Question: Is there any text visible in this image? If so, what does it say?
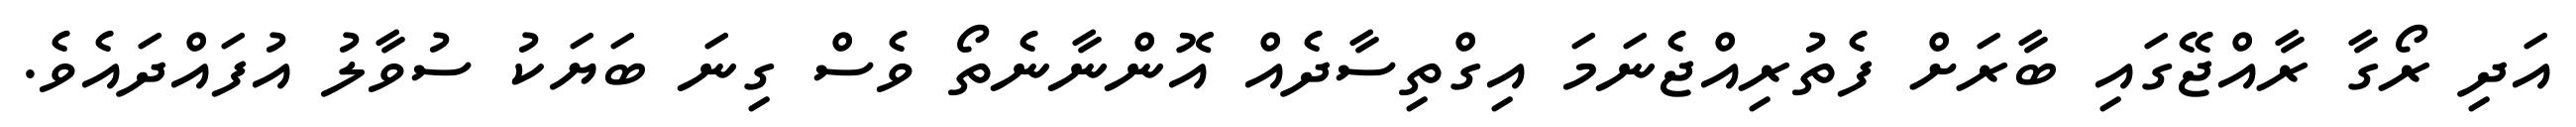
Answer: އަދި ރޯގާ ރާއްޖޭގައި ބާރަށް ފެތުރިއްޖެނަމަ އިގްތިސާދެއް އޮންނާނެތޯ ވެސް ގިނަ ބަޔަކު ސުވާލު އުފައްދައެވެ.